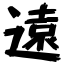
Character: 遠